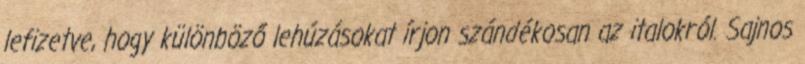
lefizetve, hogy különböző lehúzásokat írjon szándékosan az italokról. Sajnos